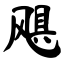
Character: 飓